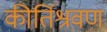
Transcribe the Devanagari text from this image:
कीर्तिश्रवण